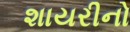
શાયરીનો